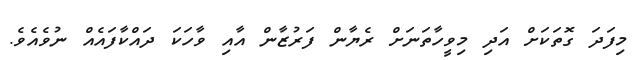
މިފަދަ ގޮތަކަށް އަދި މިވީހާތަނަށް ރެޔާން ފަރުޒާން އާއި ވާހަކަ ދައްކާފައެއް ނުވެއެވެ.